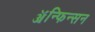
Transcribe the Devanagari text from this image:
ॲन्फिन्सन